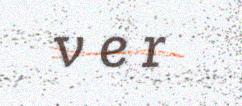
v e r